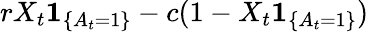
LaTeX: rX_{t}\mathbf{1}_{\{ A_{t}=1\} }-c(1-X_{t}\mathbf{1}_{\{ A_{t}=1\} })